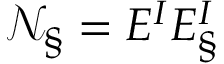
\mathcal { N } _ { \L \S } = E _ { \L } ^ { I } E _ { \S } ^ { I }